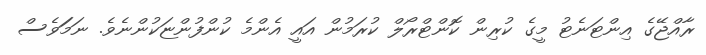
ރާއްޖޭގެ އިންޓަނެޓު މީގެ ކުރިން ކޮންޓްރޯލް ކުރަމުން އައީ އެންމެ ކުންފުންޏަކުންނެވެ. ނަމަަވެސް